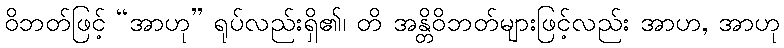
ဝိဘတ်ဖြင့် “အာဟု” ရုပ်လည်းရှိ၏၊ တိ အန္တိဝိဘတ်များဖြင့်လည်း အာဟ, အာဟု